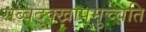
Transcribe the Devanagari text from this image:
सब्बदुक्खापमुच्चति